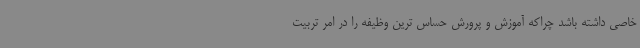
خاصی داشته باشد چراکه آموزش و پرورش حساس ترین وظیفه را در امر تربیت